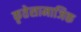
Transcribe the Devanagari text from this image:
कृतेसामाजिक